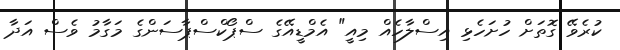
ކުރެވޭ ގޮތަށް ހުށަހެޅި އިސްލާހެއް މިއީ" އެމްޑީއޭގެ ސްޕޯކްސްޕާސަންގެ މަގާމު ވެސް އަދާ